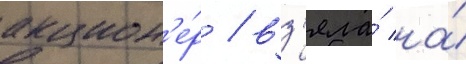
акцион'е́р / вз'яла́ на́